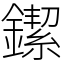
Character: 䥛